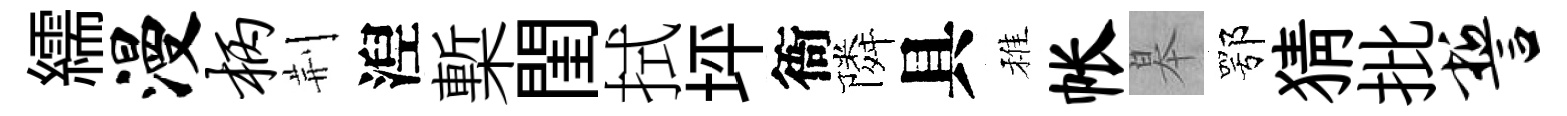
繻漫柄荆湼槧閨拭坪衙隣具稚帐皋鄂猜批誓